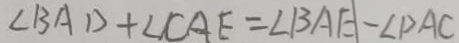
\angle B A D + \angle C A E = \angle B A E - \angle D A C